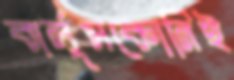
বার্লুসকোনিই